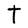
Character: T